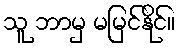
သူ ဘာမှ မမြင်နိုင်။